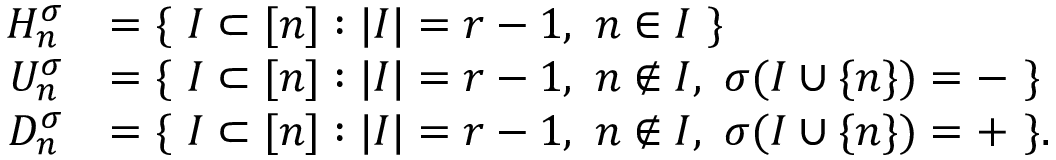
\begin{array} { r l } { { \cal { H } } _ { n } ^ { \sigma } } & { = \{ \ I \subset [ n ] : | I | = r - 1 , \ n \in I \ \} } \\ { { \cal { U } } _ { n } ^ { \sigma } } & { = \{ \ I \subset [ n ] : | I | = r - 1 , \ n \notin I , \ \sigma ( I \cup \{ n \} ) = - \ \} } \\ { { \cal { D } } _ { n } ^ { \sigma } } & { = \{ \ I \subset [ n ] : | I | = r - 1 , \ n \notin I , \ \sigma ( I \cup \{ n \} ) = + \ \} . } \end{array}